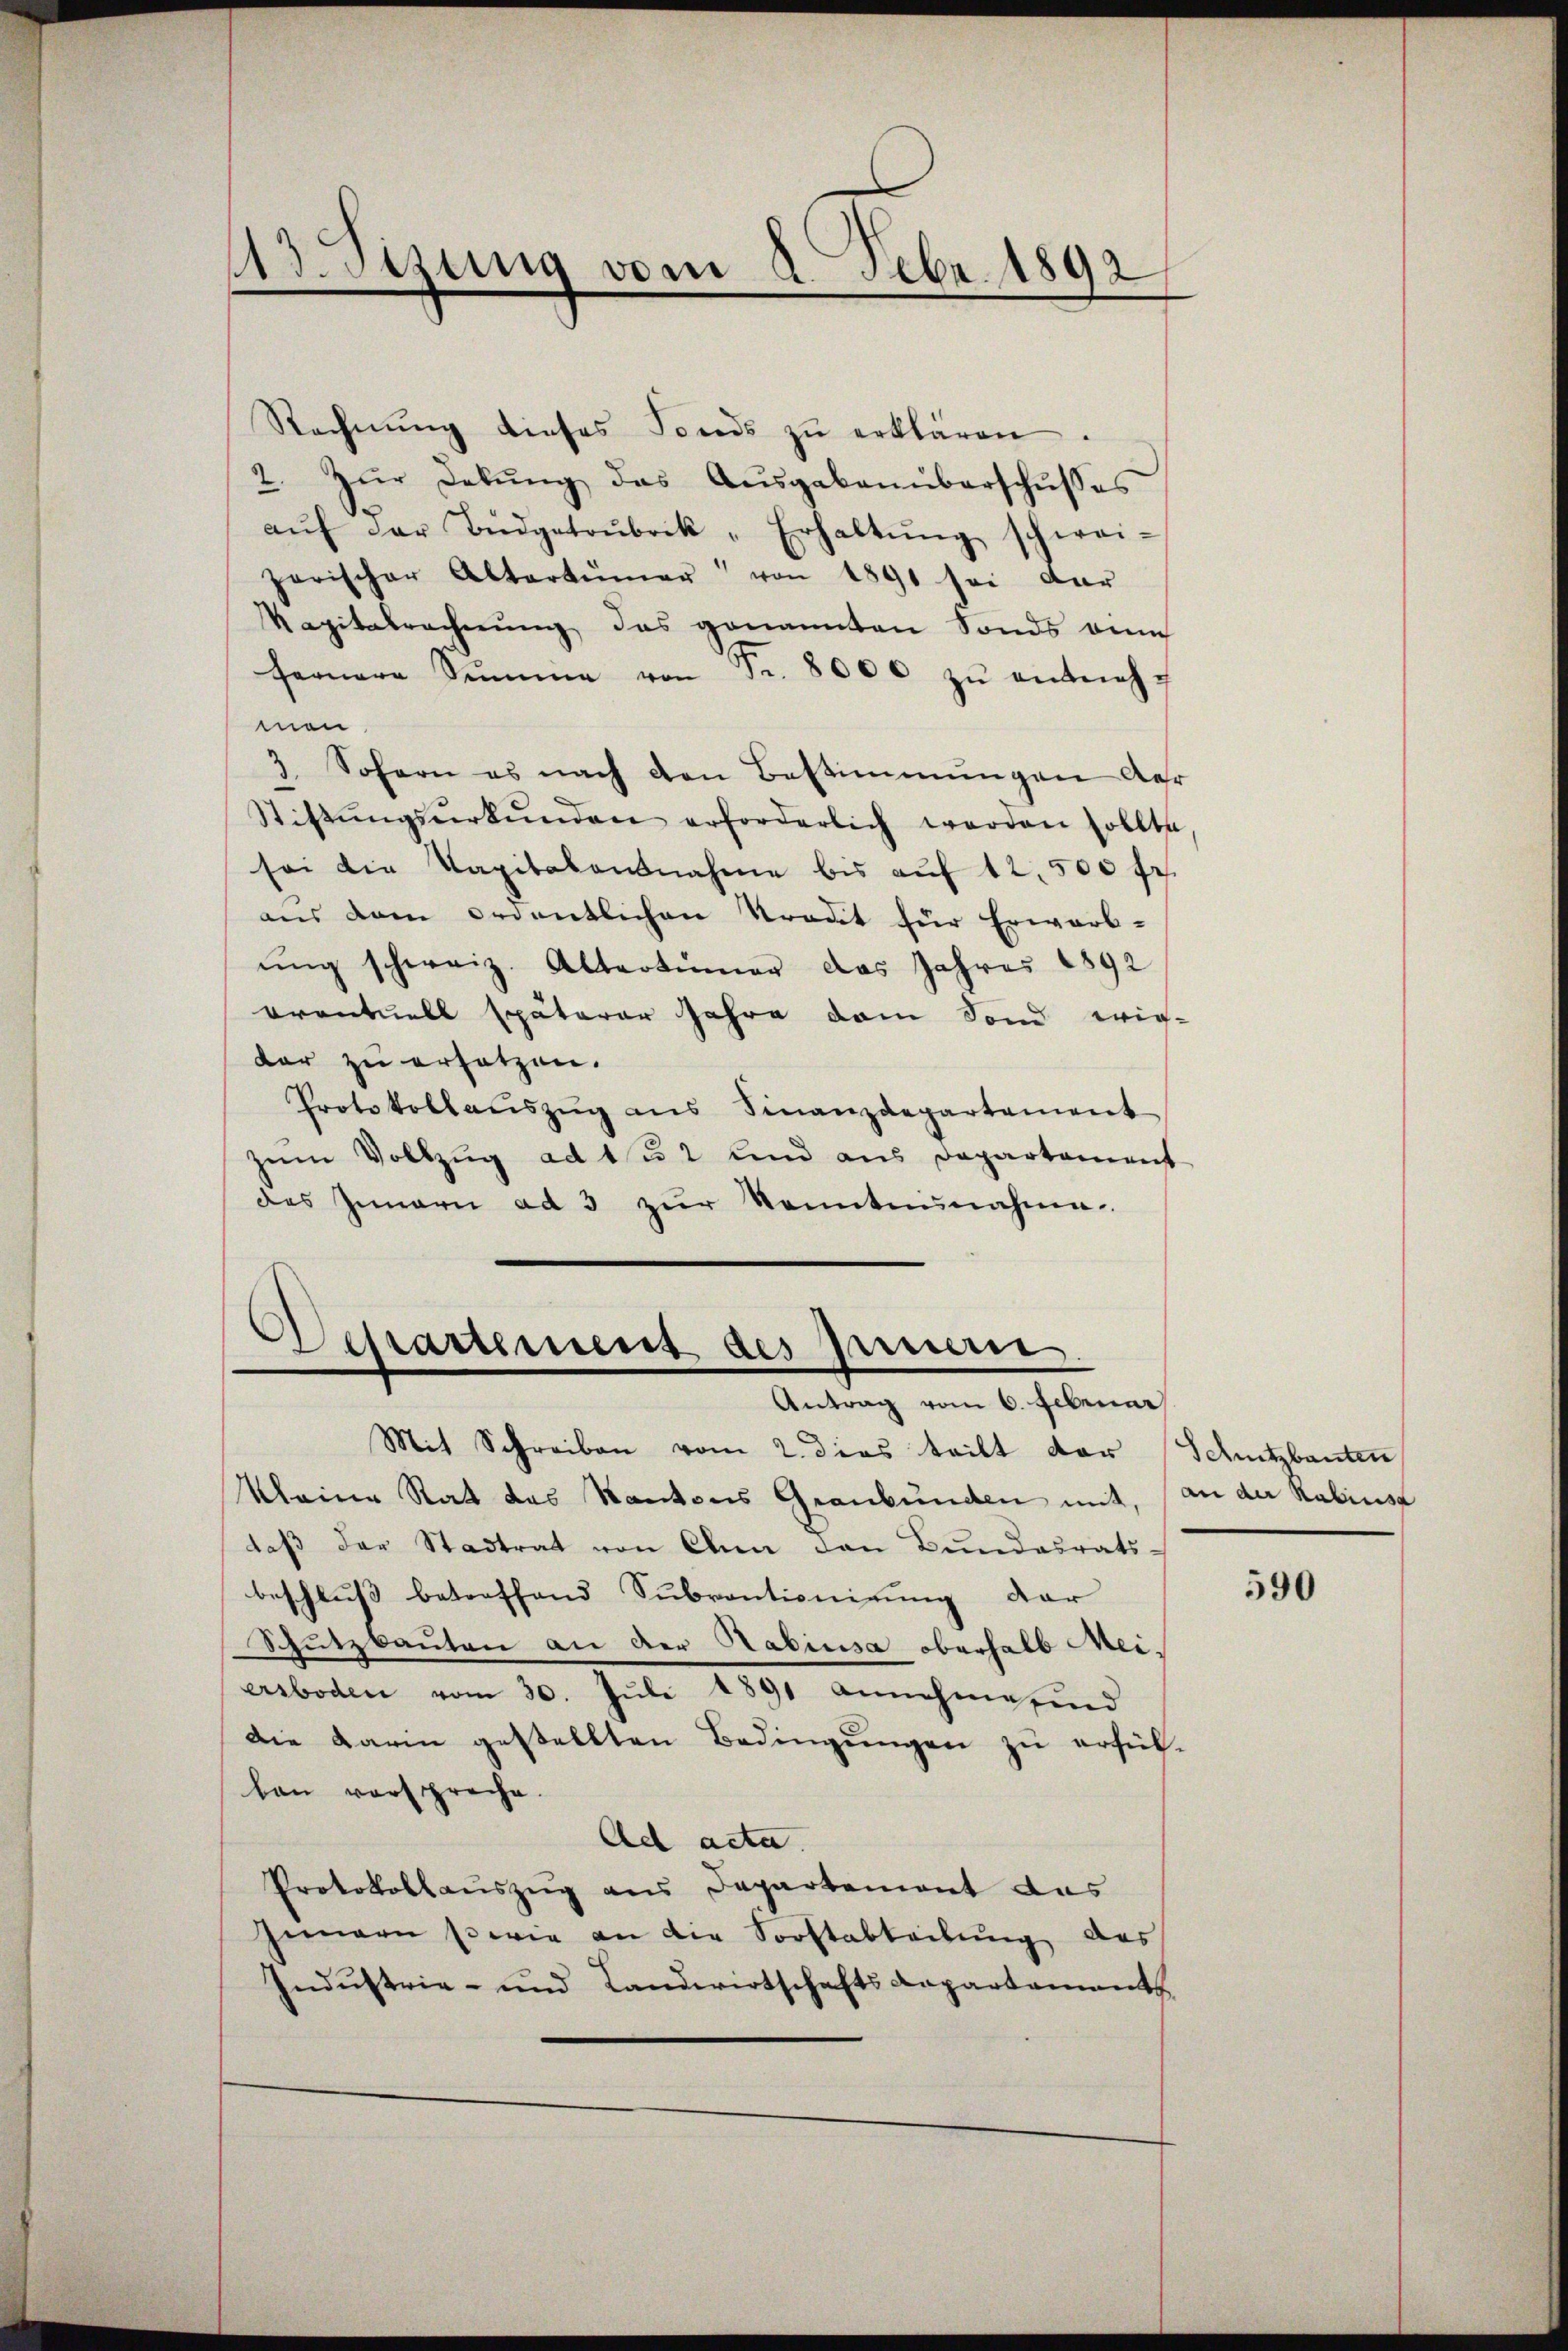
Ad. Sizung vom 2. Febr. 1892

Rechnŭng dieses Fonds zŭ erklären.
2. Zŭr Lebŭng das Aŭsgabennbarschŭsses
aŭf der Bŭdgetoŭbrik „Erhaltŭng schwei-
zerischer Altertümer von 1891 sei dar
Kapitalrecherŭng, das genannten Fonds anm
fernere Summe von Fr. 8000 zŭ entnehman
3. Sofern es nach den Bestimmungen der
Stittŭngsŭrkŭnden erforderlich werden sollte,
sei die Kapitalausnahme bis aŭf 12,500 fr.
aus dem ordentlichen Kredit für Erwarb-
ŭng schweiz. Altertümer das Jahres 1892
oventuell späterer Jahre dem Sond wie-
dar zu ersetzen.
Protokollaŭszŭg ans Finanzdepartement
zum Vollzug ad 132 und aus Departement
des Innern ad 3 zŭr Kenntnŭnahme

Dessartement des Innern
Antrag vom 6. Februar

Mit Schreiben vom 2. dies teilt der Schutzbauten
kleine Rat das Kantons Graubünden mit,
daß der Stadtrat von Ahnn den Bundesrats-
beschluß betreffend Subventionigung dar
Schutzbauten an der Habiusa oberhalb Meiersboden vom 30. Jŭli 1891 Annehme sind
Die Darin gestellten Bedingungen zu erfülban verspreche.
Ad acta.
Protokollauszug aus Departement das
Gemarn sowie an die Sorftabteilŭng des
Industrie- und Landwirtschaftsdepartament

an der Kabinse

590